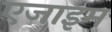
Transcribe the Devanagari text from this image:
एजाइम